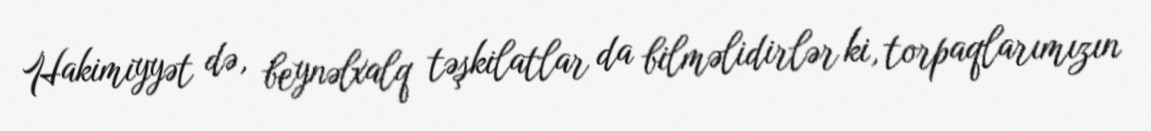
Hakimiyyət də, beynəlxalq təşkilatlar da bilməlidirlər ki, torpaqlarımızın